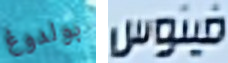
بولدوغ فينوس